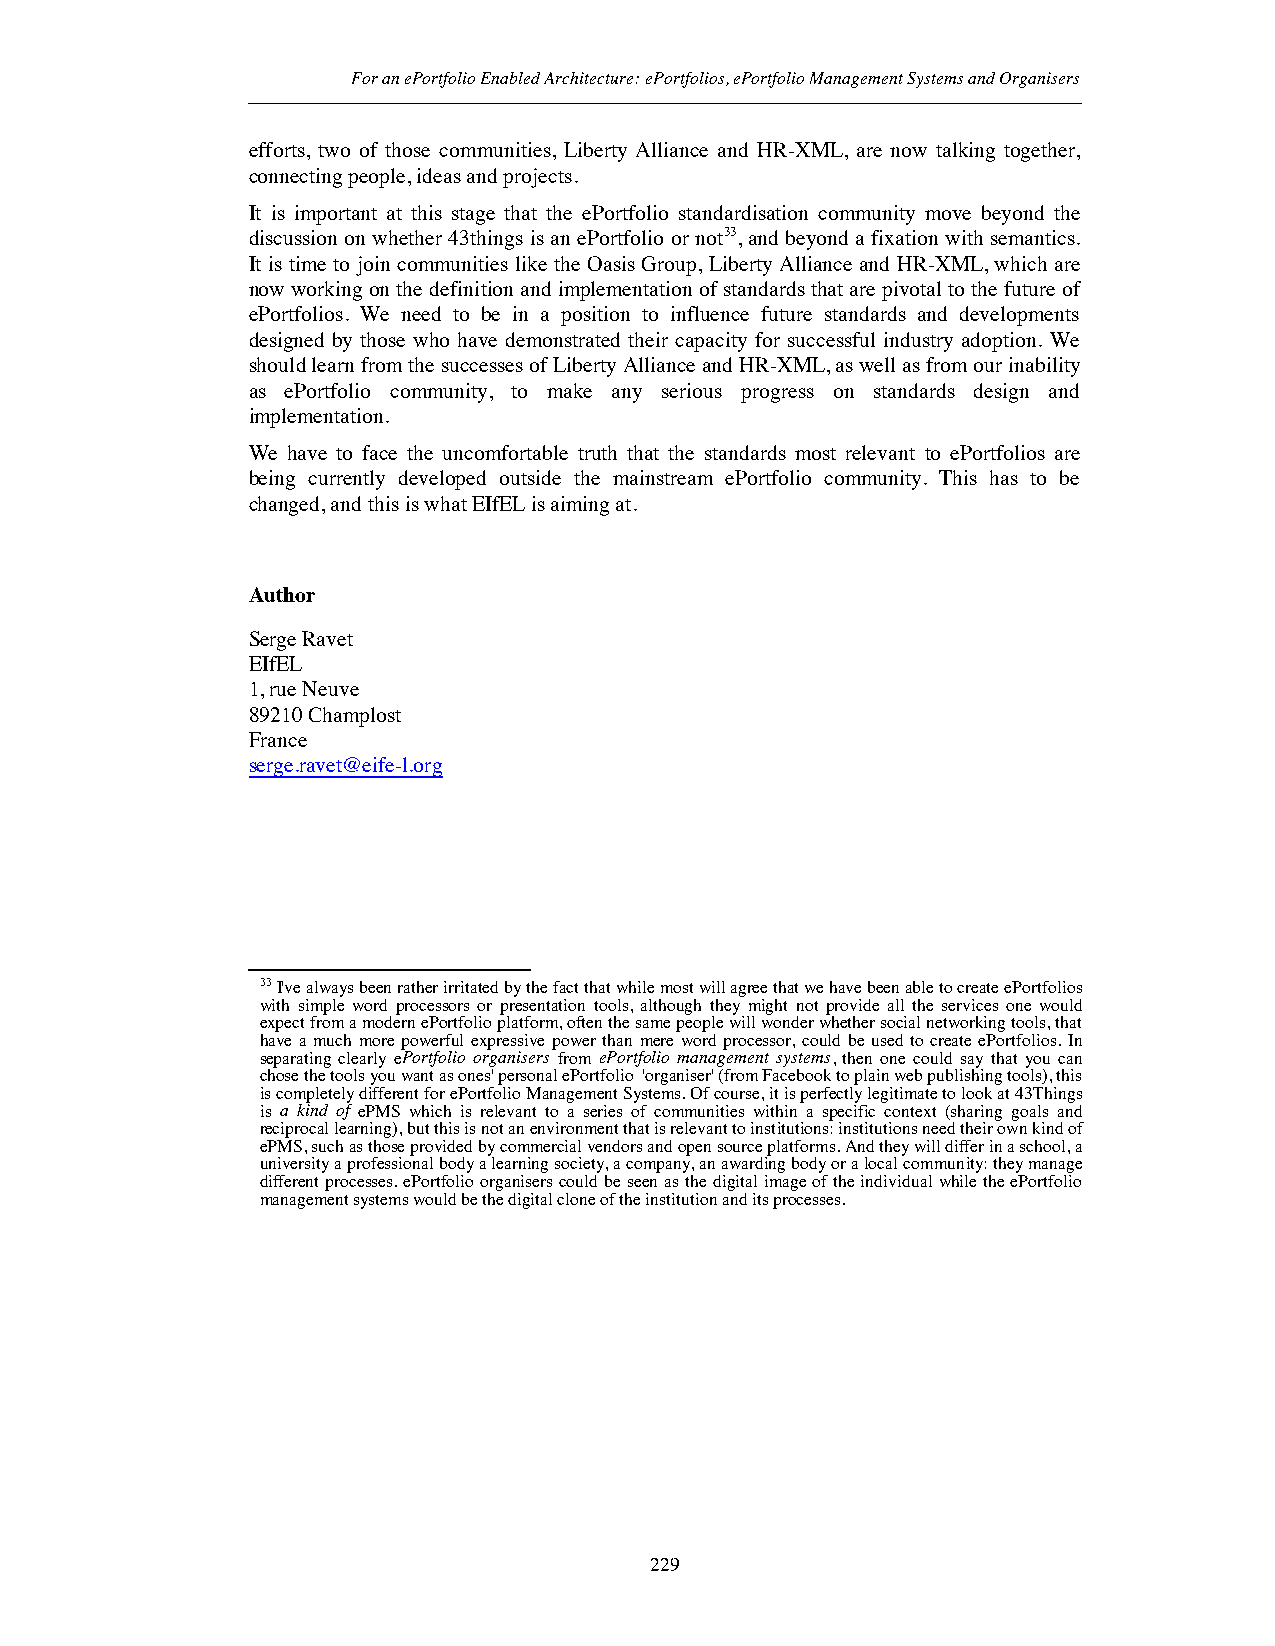
For an ePortfolio Enabled Architecture: ePortfolios, ePortfolio Management Systems and Organisers
 efforts, two of those communities, Liberty Alliance and HR-XML, are now talking together,
 connecting people, ideas and projects.
 It is important at this stage that the ePortfolio standardisation community move beyond the
 discussion on whether 43things is an ePortfolio or not33, and beyond a fixation with semantics.
 It is time to join communities like the Oasis Group, Liberty Alliance and HR-XML, which are
 now working on the definition and implementation of standards that are pivotal to the future of
 ePortfolios. We need to be in a position to influence future standards and developments
 designed by those who have demonstrated their capacity for successful industry adoption. We
 should learn from the successes of Liberty Alliance and HR-XML, as well as from our inability
 as ePortfolio community, to make any serious progress on standards design and
 implementation.
 We have to face the uncomfortable truth that the standards most relevant to ePortfolios are
 being currently developed outside the mainstream ePortfolio community. This has to be
 changed, and this is what EIfEL is aiming at.
 Author
 Serge Ravet
 EIfEL
 1, rue Neuve
 89210 Champlost
 France
 serge.ravet@eife-l.org
 33I've always been rather irritated by the fact that while most will agree that we have been able to create ePortfolios
 with simple word processors or presentation tools, although they might not provide all the services one would
 expect from a modern ePortfolio platform, often the same people will wonder whether social networking tools, that
 have a much more powerful expressive power than mere word processor, could be used to create ePortfolios. In
 separating clearly ePortfolio organisers from ePortfolio management systems, then one could say that you can
 chose the tools you want as ones' personal ePortfolio 'organiser' (from Facebook to plain web publishing tools), this
 is completely different for ePortfolio Management Systems. Of course, it is perfectly legitimate to look at 43Things
 is a kind of ePMS which is relevant to a series of communities within a specific context (sharing goals and
 reciprocal learning), but this is not an environment that is relevant to institutions: institutions need their own kind of
 ePMS, such as those provided by commercial vendors and open source platforms. And they will differ in a school, a
 university a professional body a learning society, a company, an awarding body or a local community: they manage
 different processes. ePortfolio organisers could be seen as the digital image of the individual while the ePortfolio
 management systems would be the digital clone of the institution and its processes.
 229